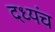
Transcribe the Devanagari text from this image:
दध्यंच